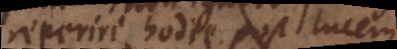
reperiri hodie post lucem